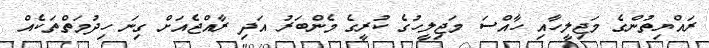
ރައްޔިތުންގެ މަޖިލީހާއި ހާއްސަ މަޖިލީހުގެ ކުރީގެ މެންބަރު އަދި ރާއްޖެއަށް ގިނަ ހިދުމަތްތަކެއް